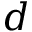
d